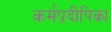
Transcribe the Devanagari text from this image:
कर्मप्रदीपिका